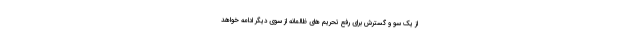
از یک سو و گسترش برای رفع تحریم های ظالمانه از سوی دیگر ادامه خواهد